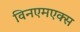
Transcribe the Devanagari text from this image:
विनएमएक्स